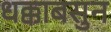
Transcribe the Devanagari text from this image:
धक्काबसुन